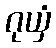
ဂုယှံ